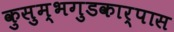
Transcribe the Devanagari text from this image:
कुसुम्भगुडकार्पास